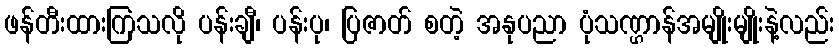
ဖန်တီးထားကြသလို ပန်းချီ၊ ပန်းပု၊ ပြဇာတ် စတဲ့ အနုပညာ ပုံသဏ္ဌာန်အမျိုးမျိုးနဲ့လည်း